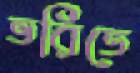
ভরিতে